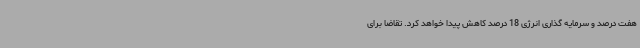
هفت درصد و سرمایه گذاری انرژی 18 درصد کاهش پیدا خواهد کرد. تقاضا برای